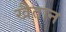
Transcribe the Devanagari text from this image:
खैतान